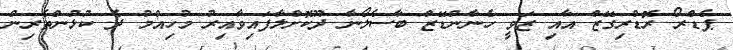
ޕެޑްރޯ ރޮޑްރިގޭޒް އާއި ޒަވީ ހެނާންޑޭޒް ބާސެލޯނާ ދޫކޮށްލާފައިވާއިރު މުހިއްމު ދެ ކުޅުންތެރިން